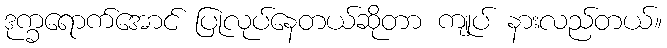
ဒုက္ခရောက်အောင် ပြုလုပ်နေတယ်ဆိုတာ ကျုပ် နားလည်တယ်။